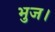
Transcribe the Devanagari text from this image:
भुज।